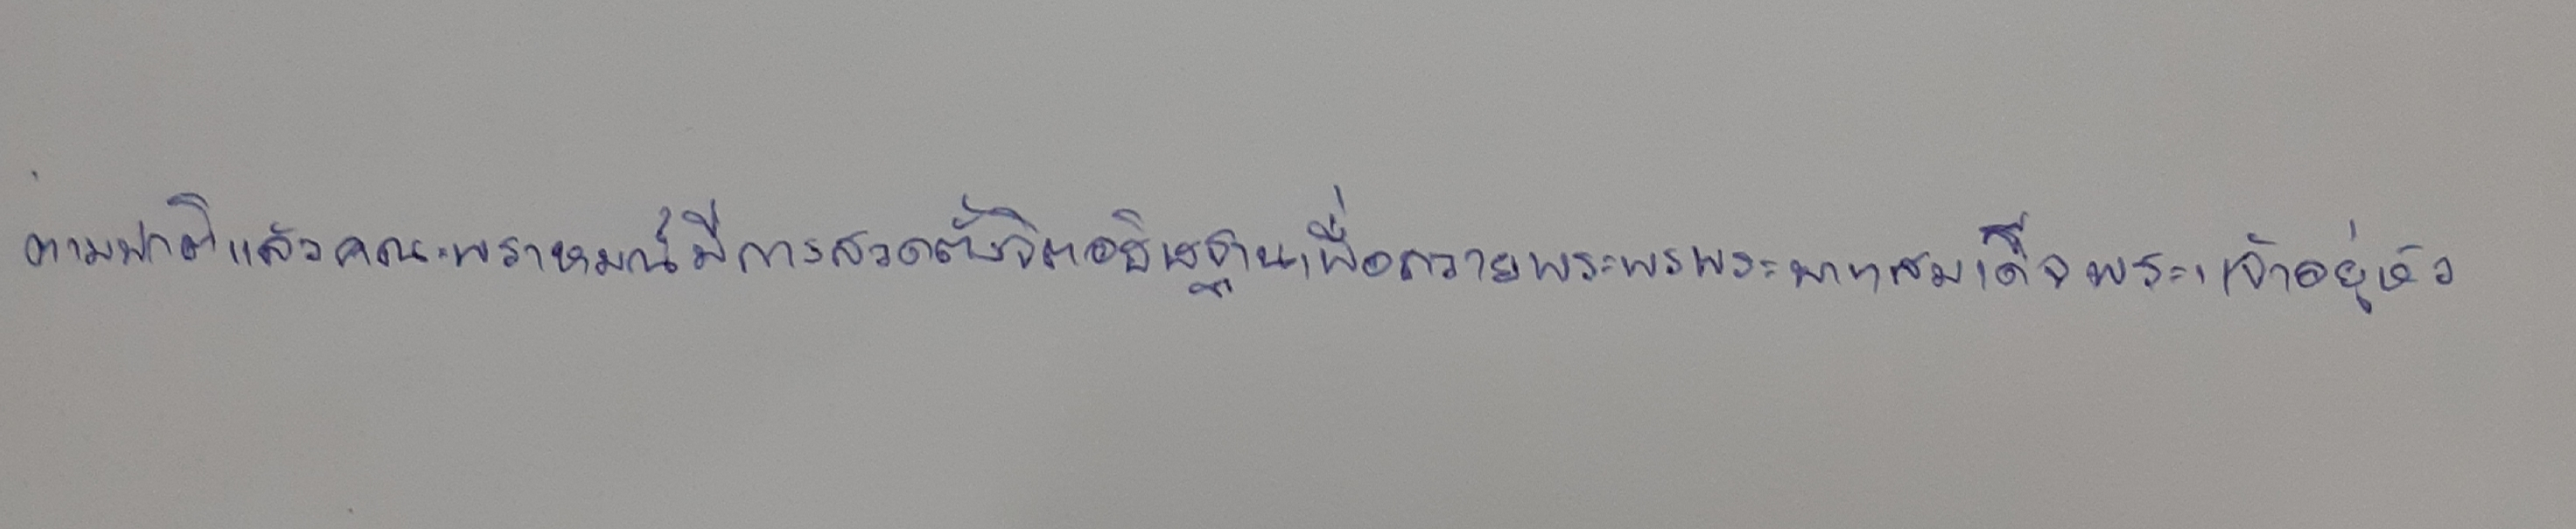
ตามปกติแล้วคณะพราหมณ์มีการสวดตั้งจิตอธิษฐานเพื่อถวายพระพรพระบาทสมเด็จพระเจ้าอยู่หัว